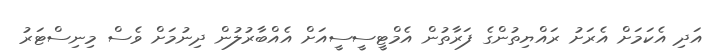
އަދި އެކަމަށް އެރަށު ރައްޔިތުންގެ ފަރާތުން އެމްޓީސީސީއަށް އެއްބާރުލުން ދިނުމަށް ވެސް މިނިސްޓަރު